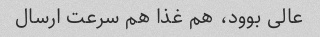
عالی بوود، هم غذا هم سرعت ارسال